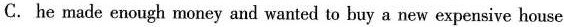
C. he made enough money and wanted to buy a new expensive house